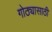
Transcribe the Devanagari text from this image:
गोठ्यासाठी